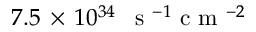
7 . 5 \, \times \, 1 0 ^ { 3 4 } \, \, \, \mathrm { ~ s ~ } ^ { - 1 } \mathrm { ~ c ~ m ~ } ^ { - 2 }